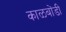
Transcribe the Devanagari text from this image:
काळबोंडी